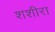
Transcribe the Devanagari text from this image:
शशीरा